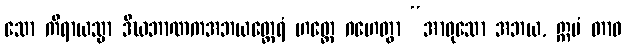
သော ကိရာယသ္မာ ဒီဃဘာဏကအဘယတ္ထေရံ ဟတ္ထေ ဂဟေတွာ “အာဝုသော အဘယ, ဣမံ တာဝ